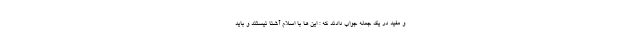
و مفید در یک جمله جواب دادند که : این ها با اسلام آشنا نیستند و باید